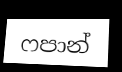
ෆපාන්